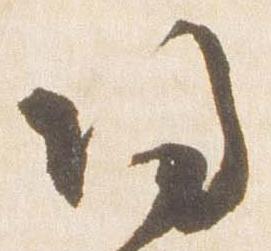
帰